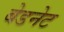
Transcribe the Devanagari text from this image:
बेडनेट